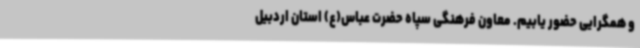
و همگرایی حضور یابیم. معاون فرهنگی سپاه حضرت عباس(ع) استان اردبیل